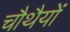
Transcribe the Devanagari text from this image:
चौथैयों